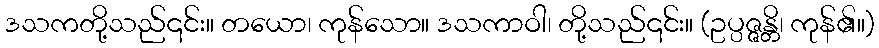
ဒသကတို့သည်၎င်း။ တယော၊ ကုန်သော။ ဒသကာဝါ၊ တို့သည်၎င်း။ (ဥပ္ပဇ္ဇန္တိ၊ ကုန်၏။)